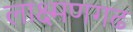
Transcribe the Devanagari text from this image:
लाक्ष्मणगढ